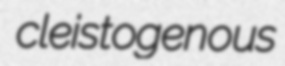
cleistogenous